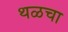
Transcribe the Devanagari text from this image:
थळचा